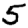
Digit: 5